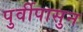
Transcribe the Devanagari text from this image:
पुर्वीपासुन